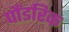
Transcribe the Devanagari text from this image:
पौंडरिक